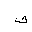
Letter: _tha